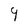
Character: 9